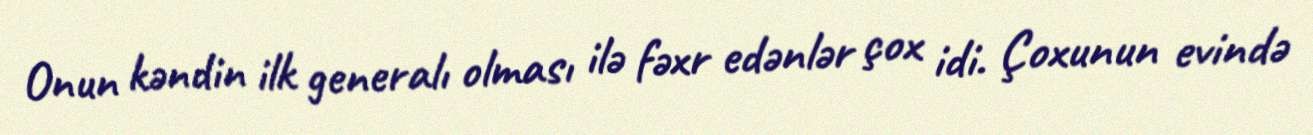
Onun kəndin ilk generalı olması ilə fəxr edənlər çox idi. Çoxunun evində